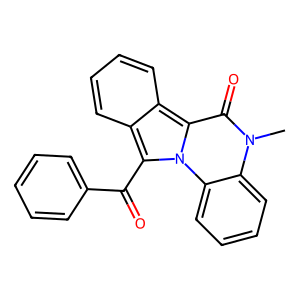
SMILES: Cn1c(=O)c2c3ccccc3c(C(=O)c3ccccc3)n2c2ccccc21
Inhibits HIV replication: No